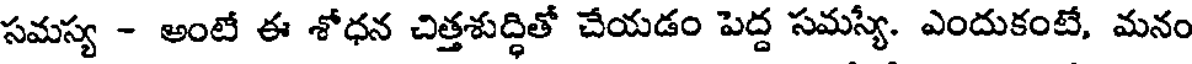
సమస్య - అంటే ఈ శోధన చిత్తశుద్ధితో చేయడం పెద్ద సమస్యే. ఎందుకంటే, మనం